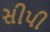
સીપી